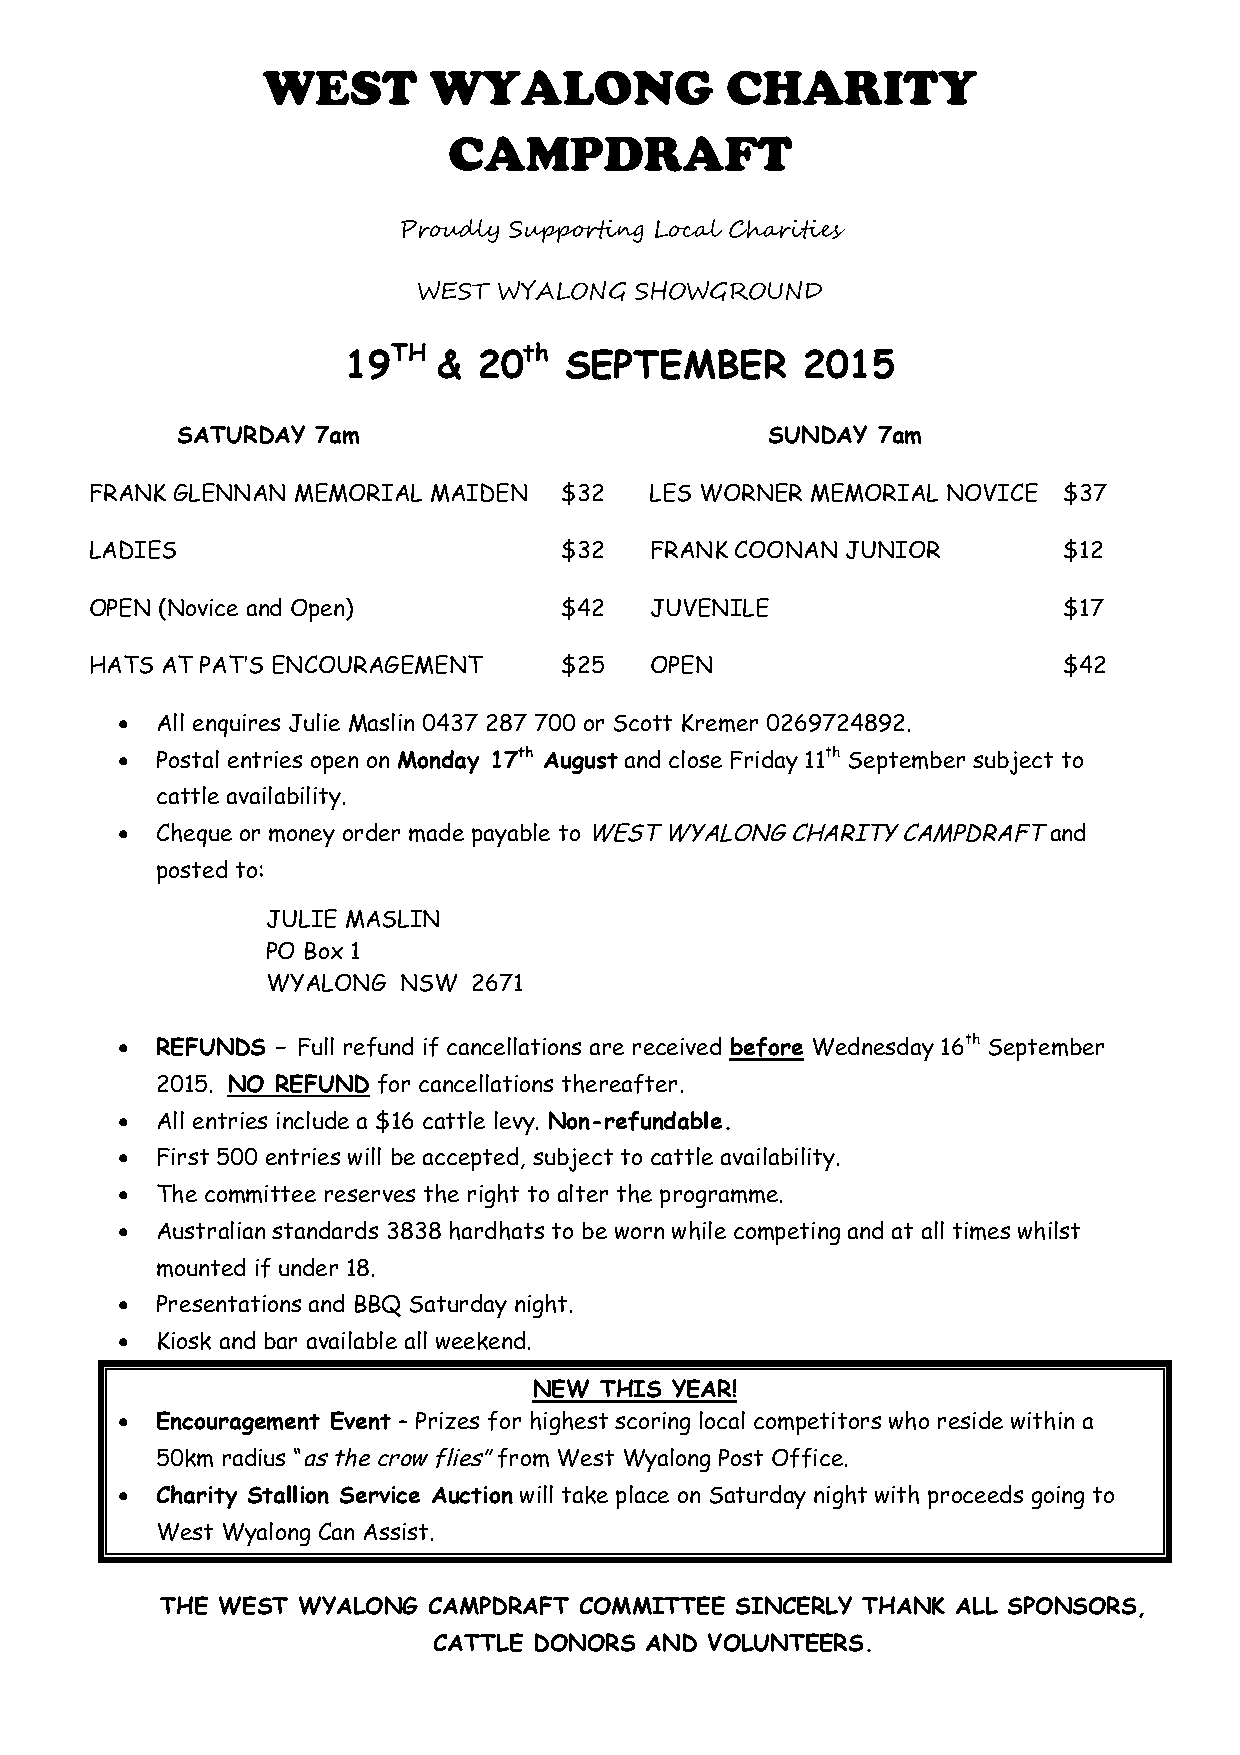
WEST       WYALONG             CHARITY
 CAMPDRAFT
 Proudly Supporting Local Charities
 WEST WYALONG  SHOWGROUND
 TH       th
 19    &  20   SEPTEMBER       2015
 SATURDAY 7am                           SUNDAY 7am
 FRANK GLENNAN MEMORIAL MAIDEN  $32   LES WORNER MEMORIAL NOVICE $37
 LADIES                         $32   FRANK COONAN JUNIOR        $12
 OPEN (Novice and Open)         $42   JUVENILE                   $17
 HATS AT PAT’S ENCOURAGEMENT    $25   OPEN                       $42
  All enquires Julie Maslin 0437 287 700 or Scott Kremer 0269724892.
  Postal entries open on Monday 17th August and close Friday 11th September subject to
 cattle availability.
  Cheque or money order made payable toWESTWYALONGCHARITYCAMPDRAFTand
 posted to:
 JULIE MASLIN
 PO Box 1
 WYALONG NSW  2671
  REFUNDS – Full refund if cancellations are received before Wednesday 16th September
 2015. NO REFUND for cancellations thereafter.
  All entries include a $16 cattle levy. Non-refundable.
  First 500 entries will be accepted, subject to cattle availability.
  The committee reserves the right to alter the programme.
  Australian standards 3838 hardhats to be wornwhile competing and at all times whilst
 mounted if under 18.
  Presentations and BBQ Saturday night.
  Kiosk and bar available all weekend.
 NEW  THIS YEAR!
  Encouragement Event – Prizes for highest scoring local competitors who residewithin a
 50km radius “asthecrowflies”from West Wyalong Post Office.
  Charity Stallion Service Auction will take place on Saturday night with proceeds going to
 West Wyalong Can Assist.
 THE WEST WYALONG CAMPDRAFT COMMITTEE  SINCERLY THANK ALL SPONSORS,
 CATTLE DONORS AND VOLUNTEERS.